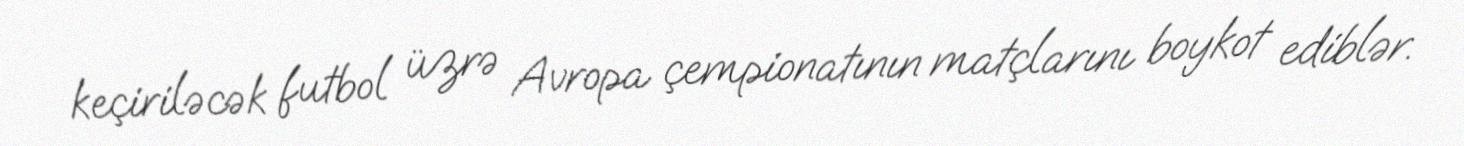
keçiriləcək futbol üzrə Avropa çempionatının matçlarını boykot ediblər.